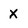
Character: X